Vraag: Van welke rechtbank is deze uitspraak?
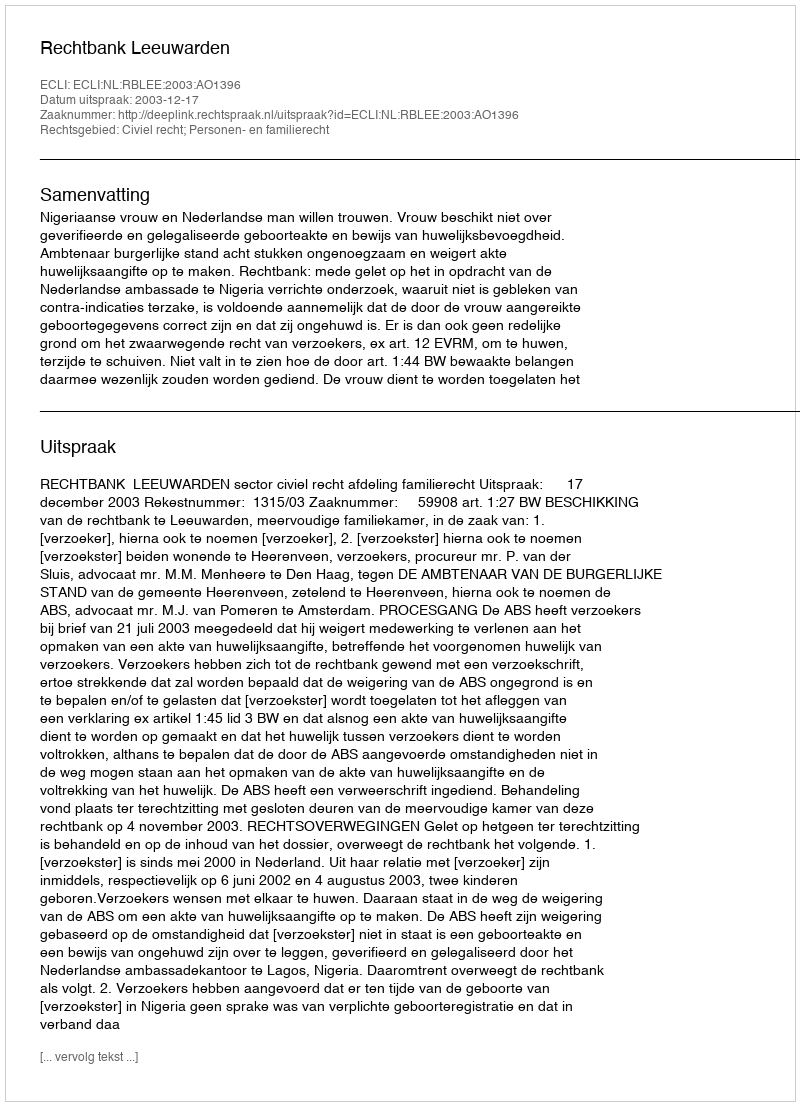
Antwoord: Rechtbank Leeuwarden